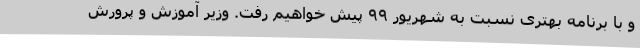
و با برنامه بهتری نسبت به شهریور ۹۹ پیش خواهیم رفت. وزیر آموزش و پرورش